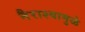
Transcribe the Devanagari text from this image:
नैराश्यामुळे